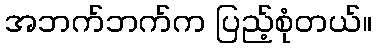
အဘက်ဘက်က ပြည့်စုံတယ်။